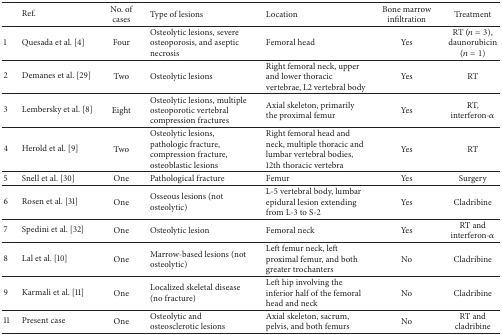
<table><thead><tr><td><b> </b></td><td><b>Ref.</b></td><td><b>No. of cases</b></td><td><b>Type of lesions</b></td><td><b>Location</b></td><td><b>Bone marrow infiltration</b></td><td><b>Treatment</b></td></tr></thead><tbody><tr><td>1</td><td>Quesada et al. [4]</td><td>Four</td><td>Osteolytic lesions, severe osteoporosis, and aseptic necrosis</td><td>Femoral head</td><td>Yes</td><td>RT (<i>n</i> = 3), daunorubicin (<i>n</i> = 1) </td></tr><tr><td>2</td><td>Demanes et al. [29]</td><td>Two</td><td>Osteolytic lesions</td><td>Right femoral neck, upper and lower thoracic vertebrae, L2 vertebral body </td><td>Yes</td><td>RT</td></tr><tr><td>3</td><td>Lembersky et al. [8]</td><td>Eight</td><td>Osteolytic lesions, multiple osteoporotic vertebralcompression fractures</td><td>Axial skeleton, primarilythe proximal femur</td><td>Yes</td><td>RT, interferon-<i>α</i></td></tr><tr><td>4</td><td>Herold et al. [9]</td><td>Two</td><td>Osteolytic lesions, pathologic fracture, compression fracture, osteoblastic lesions</td><td>Right femoral head and neck, multiple thoracic and lumbar vertebral bodies, 12th thoracic vertebra </td><td>Yes</td><td>RT</td></tr><tr><td>5</td><td>Snell et al. [30]</td><td>One</td><td>Pathological fracture</td><td>Femur</td><td>Yes</td><td>Surgery</td></tr><tr><td>6</td><td>Rosen et al. [31]</td><td>One</td><td>Osseous lesions (not osteolytic)</td><td>L-5 vertebral body, lumbar epidural lesion extending from L-3 to S-2</td><td>Yes</td><td>Cladribine</td></tr><tr><td>7</td><td>Spedini et al. [32]</td><td>One</td><td>Osteolytic lesion</td><td>Femoral neck</td><td>Yes</td><td>RT and interferon-<i>α</i></td></tr><tr><td>8</td><td>Lal et al. [10]</td><td>One</td><td>Marrow-based lesions (not osteolytic)</td><td>Left femur neck, left proximal femur, and both greater trochanters</td><td>No</td><td>Cladribine</td></tr><tr><td>9</td><td>Karmali et al. [11]</td><td>One</td><td>Localized skeletal disease (no fracture)</td><td>Left hip involving the inferior half of the femoral head and neck </td><td>No</td><td>Cladribine</td></tr><tr><td>11</td><td>Present case</td><td>One</td><td>Osteolytic and osteosclerotic lesions</td><td>Axial skeleton, sacrum, pelvis, and both femurs</td><td>No</td><td>RT and cladribine</td></tr></tbody></table>